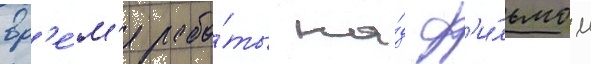
вр'е́м'я рабо́ты на́д ф'и́льмом